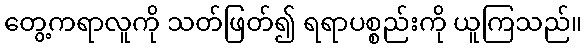
တွေ့ကရာလူကို သတ်ဖြတ်၍ ရရာပစ္စည်းကို ယူကြသည်။